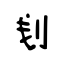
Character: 刬